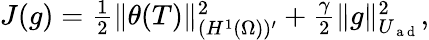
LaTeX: \begin{array}{r}{J(g)=\frac{1}{2}\| \theta(T)\| _{(H^{1}(\Omega))^{\prime}}^{2}+\frac{\gamma}{2}\| g\| _{U_{\mathrm{~a~d~}}}^{2},}\end{array}